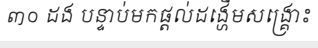
៣០ ដង បន្ទាប់មកផ្តល់ដង្ហើមសង្គ្រោះ